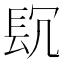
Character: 𨱤